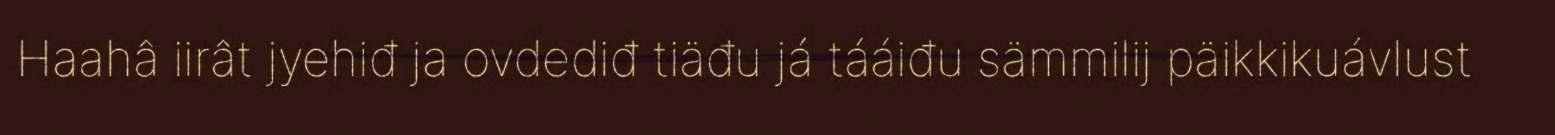
Haahâ iirât jyehiđ ja ovdediđ tiäđu já tááiđu sämmilij päikkikuávlust